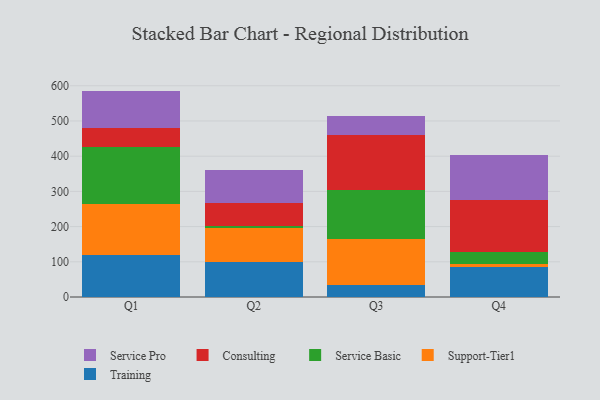
{"axis": {"x": "Quarter", "y": "Operating Costs (USD K)"}, "legend": ["Consulting", "Service Basic", "Service Pro", "Support-Tier1", "Training"], "data": [{"x": "Q1", "y": 118.6, "type": "Training"}, {"x": "Q1", "y": 146.8, "type": "Support-Tier1"}, {"x": "Q1", "y": 160.7, "type": "Service Basic"}, {"x": "Q1", "y": 53.2, "type": "Consulting"}, {"x": "Q1", "y": 106.3, "type": "Service Pro"}, {"x": "Q2", "y": 99.4, "type": "Training"}, {"x": "Q2", "y": 95.5, "type": "Support-Tier1"}, {"x": "Q2", "y": 5.7, "type": "Service Basic"}, {"x": "Q2", "y": 67.2, "type": "Consulting"}, {"x": "Q2", "y": 92.8, "type": "Service Pro"}, {"x": "Q3", "y": 34.3, "type": "Training"}, {"x": "Q3", "y": 129.9, "type": "Support-Tier1"}, {"x": "Q3", "y": 139.3, "type": "Service Basic"}, {"x": "Q3", "y": 157.9, "type": "Consulting"}, {"x": "Q3", "y": 53.4, "type": "Service Pro"}, {"x": "Q4", "y": 84.4, "type": "Training"}, {"x": "Q4", "y": 10.3, "type": "Support-Tier1"}, {"x": "Q4", "y": 32.1, "type": "Service Basic"}, {"x": "Q4", "y": 149.9, "type": "Consulting"}, {"x": "Q4", "y": 127.6, "type": "Service Pro"}]}